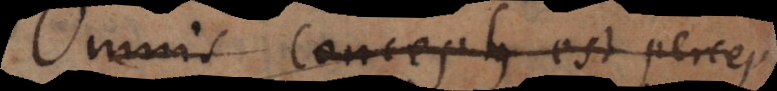
Omnis conceptus est percep